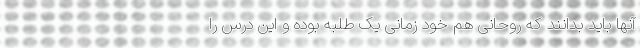
آنها باید بدانند که روحانی هم خود زمانی یک طلبه بوده و این درس را